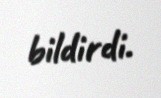
bildirdi.